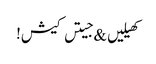
کھیلیں & جیتں کیش!